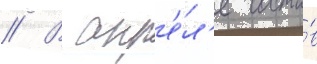
// В апр'е́л'е соста́в